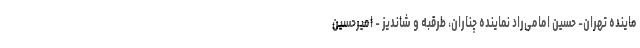
ماینده تهران- حسین امامی‌راد نماینده چناران، طرقبه و شاندیز - امیرحسین